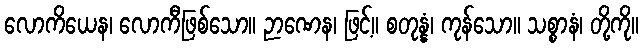
လောကိယေန၊ လောကီဖြစ်သော။ ဉာဏေန၊ ဖြင့်။ စတုန္နံ၊ ကုန်သော။ သစ္စာနံ၊ တို့ကို။